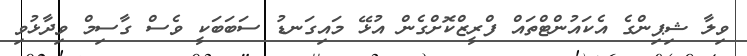
ވިލާ ޝިޕިންގެ އެކައުންޓްތައް ފްރީޒްކޮށްގެން އުޅޭ މައިގަނޑު ސަބަބަކީ ވެސް ގާސިމް ވިދާޅުވި